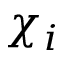
\chi _ { i }